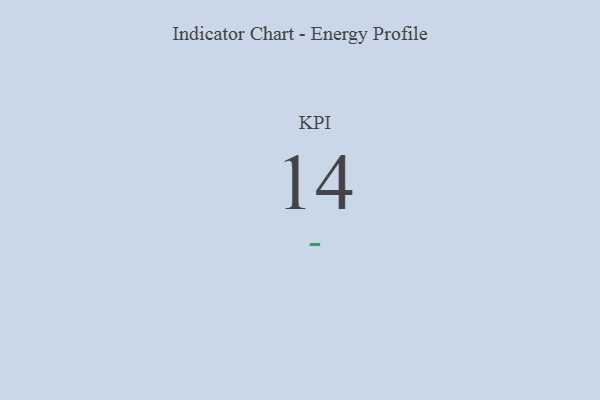
{"axis": {"x": "KPI", "y": "Value"}, "legend": [""], "data": [{"x": "KPI", "y": 14, "type": ""}]}